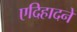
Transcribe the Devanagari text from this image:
एदिहादने